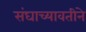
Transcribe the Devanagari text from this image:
संघाच्यावतीने